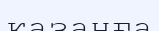
казанға